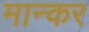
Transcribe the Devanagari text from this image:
मान्कर